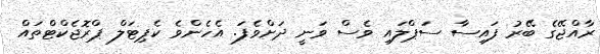
ރާއްޖޭގެ ބޭރު ފައިސާ ސަޕްލައި ވެސް ވަނީ ދަށްވެފަ. އެހެންވެ ކެޕިޓަލް ޕްރޮޖެކްޓްތައް